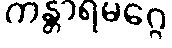
ကန္တာရမဂ္ဂေ